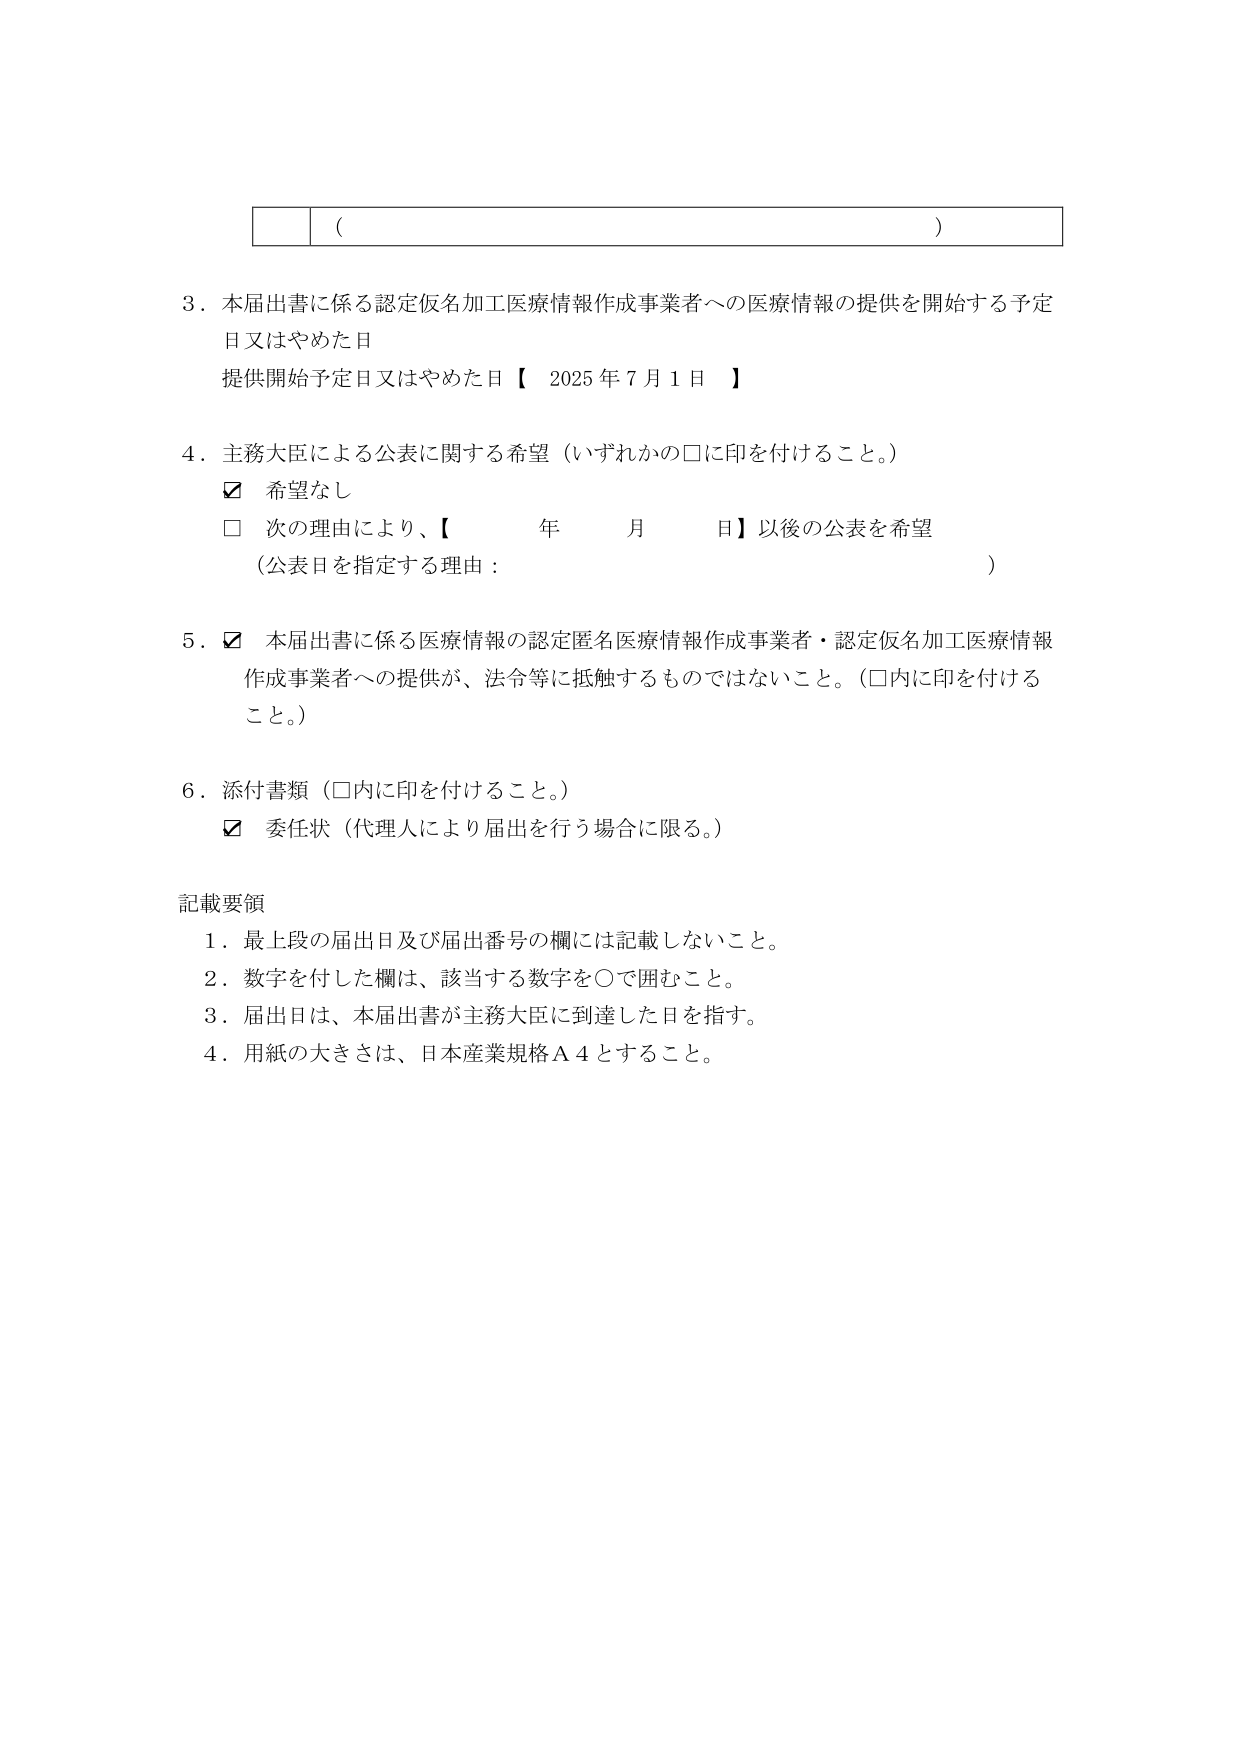
（ ）

3．本届出書に係る認定仮名加工医療情報作成事業者への医療情報の提供を開始する予定日又はやめた日
提供開始予定日又はやめた日【 2025年7月1日 】

4．主務大臣による公表に関する希望（いずれかの□に印を付けること。）
☑ 希望なし
□ 次の理由により、【 年 月 日】以後の公表を希望
（公表日を指定する理由： ）

5．☑ 本届出書に係る医療情報の認定匿名医療情報作成事業者・認定仮名加工医療情報作成事業者への提供が、法令等に抵触するものではないこと。（□内に印を付けること。）

6．添付書類（□内に印を付けること。）
☑ 委任状（代理人により届出を行う場合に限る。）

記載要領
1．最上段の届出日及び届出番号の欄には記載しないこと。
2．数字を付した欄は、該当する数字を○で囲むこと。
3．届出日は、本届出書が主務大臣に到達した日を指す。
4．用紙の大きさは、日本産業規格Ａ４とすること。